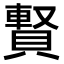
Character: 𧷄